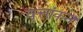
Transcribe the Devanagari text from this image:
वृत्तांकन